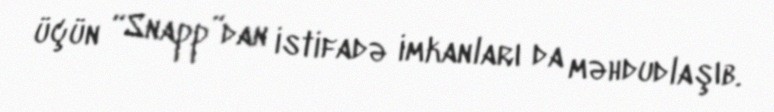
üçün “Snapp”dan istifadə imkanları da məhdudlaşıb.